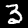
Digit: 3